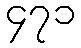
၄၇၁